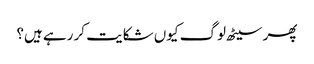
پھر سیٹھ لوگ کیوں شکایت کر رہے ہیں؟